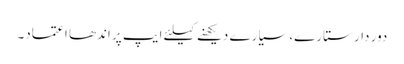
دور دار ستارے، سیارے دیکھنے کیلئے ایپ پر اندھا اعتماد۔